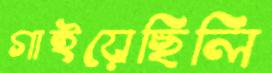
গাইয়েছিলি